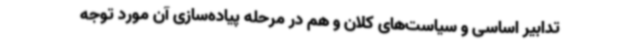
تدابیر اساسی و سیاست‌های کلان و هم در مرحله پیاده‌سازی آن مورد توجه